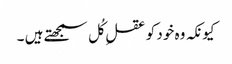
کیونکہ وہ خود کو عقلِ کُل سمجھتے ہیں ۔